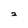
Character: 2